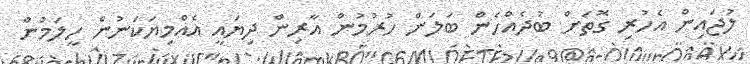
ލުޖައިން އެހުރި ގޮތަށް ބުދެއްހެން ބަލަން ހުރުމުން އާރިން ދިޔައީ އެއްމިޔަކަނުން ހީލަމުން